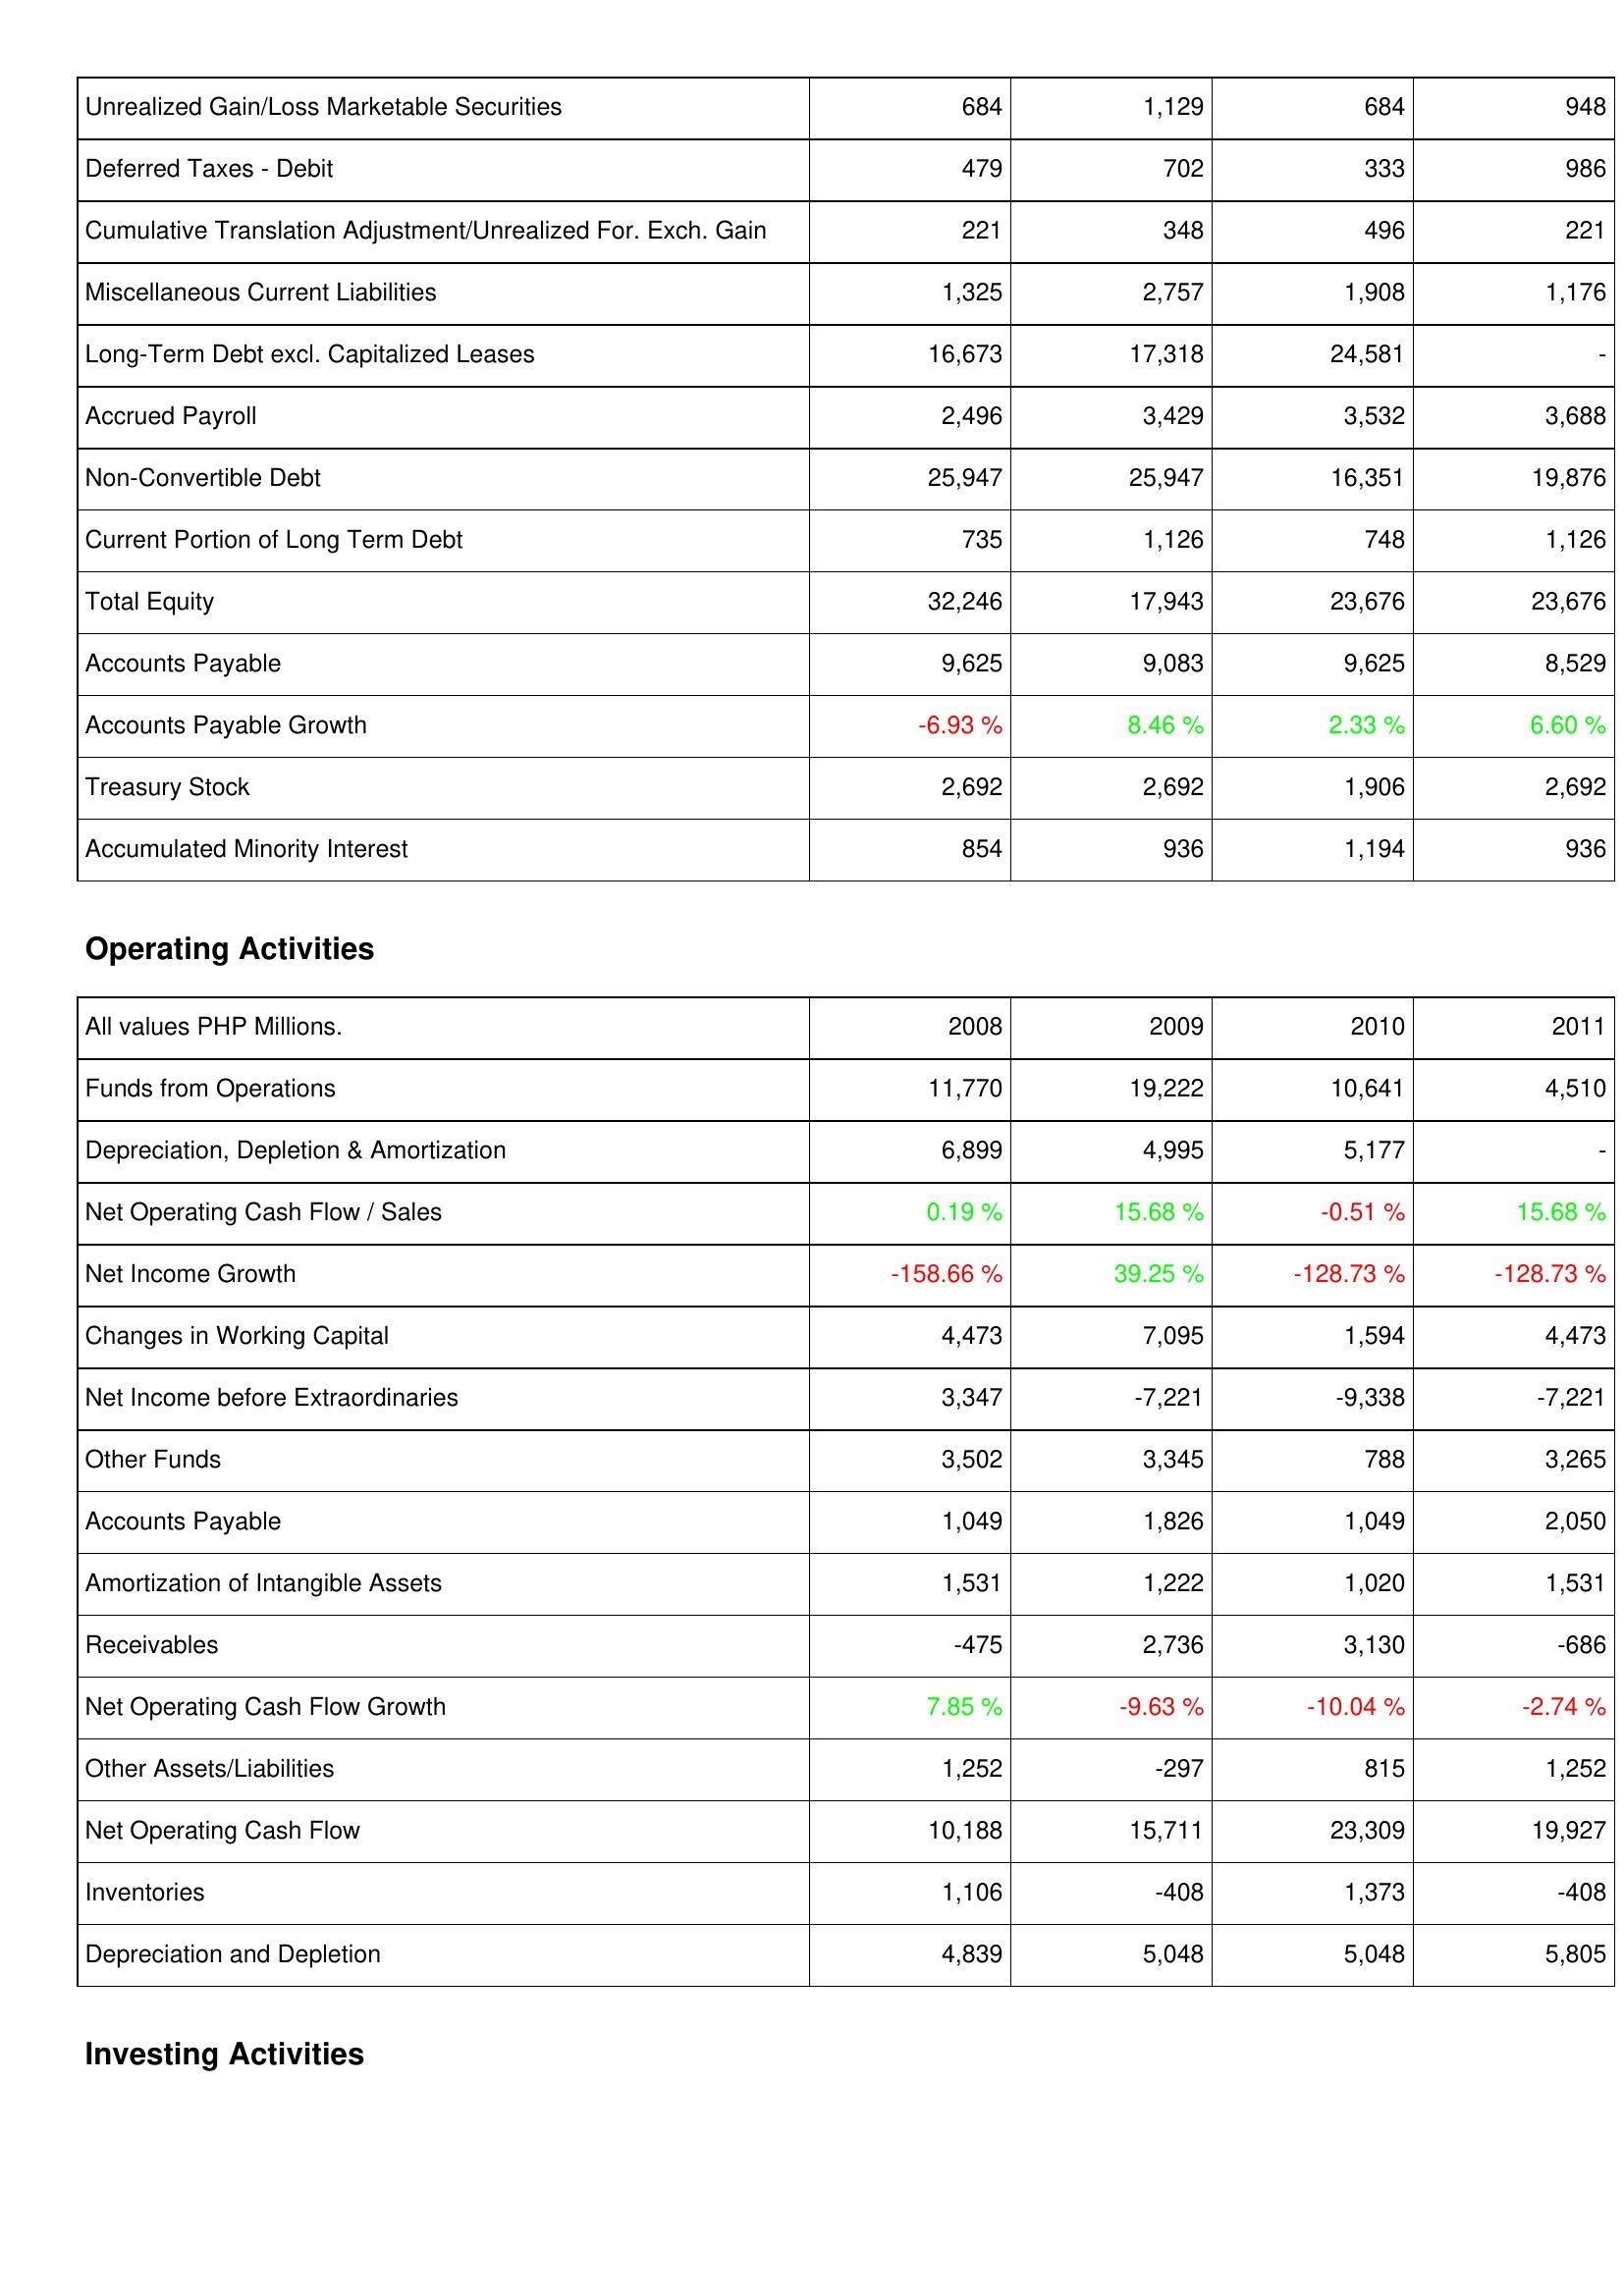
2008: Liabilities & Shareholders' Equity: Unrealized Gain/Loss Marketable Securities: 684
Deferred Taxes - Debit: 479
Cumulative Translation Adjustment/Unrealized For. Exch. Gain: 221
Miscellaneous Current Liabilities: 1,325
Long-Term Debt excl. Capitalized Leases: 16,673
Accrued Payroll: 2,496
Non-Convertible Debt: 25,947
Current Portion of Long Term Debt: 735
Total Equity: 32,246
Accounts Payable: 9,625
Accounts Payable Growth: -6.93 %
Treasury Stock: 2,692
Accumulated Minority Interest: 854
Operating Activities: Funds from Operations: 11,770
Depreciation, Depletion & Amortization: 6,899
Net Operating Cash Flow / Sales: 0.19 %
Net Income Growth: -158.66 %
Changes in Working Capital: 4,473
Net Income before Extraordinaries: 3,347
Other Funds: 3,502
Accounts Payable: 1,049
Amortization of Intangible Assets: 1,531
Receivables: -475
Net Operating Cash Flow Growth: 7.85 %
Other Assets/Liabilities: 1,252
Net Operating Cash Flow: 10,188
Inventories: 1,106
Depreciation and Depletion: 4,839
2009: Liabilities & Shareholders' Equity: Unrealized Gain/Loss Marketable Securities: 1,129
Deferred Taxes - Debit: 702
Cumulative Translation Adjustment/Unrealized For. Exch. Gain: 348
Miscellaneous Current Liabilities: 2,757
Long-Term Debt excl. Capitalized Leases: 17,318
Accrued Payroll: 3,429
Non-Convertible Debt: 25,947
Current Portion of Long Term Debt: 1,126
Total Equity: 17,943
Accounts Payable: 9,083
Accounts Payable Growth: 8.46 %
Treasury Stock: 2,692
Accumulated Minority Interest: 936
Operating Activities: Funds from Operations: 19,222
Depreciation, Depletion & Amortization: 4,995
Net Operating Cash Flow / Sales: 15.68 %
Net Income Growth: 39.25 %
Changes in Working Capital: 7,095
Net Income before Extraordinaries: -7,221
Other Funds: 3,345
Accounts Payable: 1,826
Amortization of Intangible Assets: 1,222
Receivables: 2,736
Net Operating Cash Flow Growth: -9.63 %
Other Assets/Liabilities: -297
Net Operating Cash Flow: 15,711
Inventories: -408
Depreciation and Depletion: 5,048
2010: Liabilities & Shareholders' Equity: Unrealized Gain/Loss Marketable Securities: 684
Deferred Taxes - Debit: 333
Cumulative Translation Adjustment/Unrealized For. Exch. Gain: 496
Miscellaneous Current Liabilities: 1,908
Long-Term Debt excl. Capitalized Leases: 24,581
Accrued Payroll: 3,532
Non-Convertible Debt: 16,351
Current Portion of Long Term Debt: 748
Total Equity: 23,676
Accounts Payable: 9,625
Accounts Payable Growth: 2.33 %
Treasury Stock: 1,906
Accumulated Minority Interest: 1,194
Operating Activities: Funds from Operations: 10,641
Depreciation, Depletion & Amortization: 5,177
Net Operating Cash Flow / Sales: -0.51 %
Net Income Growth: -128.73 %
Changes in Working Capital: 1,594
Net Income before Extraordinaries: -9,338
Other Funds: 788
Accounts Payable: 1,049
Amortization of Intangible Assets: 1,020
Receivables: 3,130
Net Operating Cash Flow Growth: -10.04 %
Other Assets/Liabilities: 815
Net Operating Cash Flow: 23,309
Inventories: 1,373
Depreciation and Depletion: 5,048
2011: Liabilities & Shareholders' Equity: Unrealized Gain/Loss Marketable Securities: 948
Deferred Taxes - Debit: 986
Cumulative Translation Adjustment/Unrealized For. Exch. Gain: 221
Miscellaneous Current Liabilities: 1,176
Long-Term Debt excl. Capitalized Leases: -
Accrued Payroll: 3,688
Non-Convertible Debt: 19,876
Current Portion of Long Term Debt: 1,126
Total Equity: 23,676
Accounts Payable: 8,529
Accounts Payable Growth: 6.60 %
Treasury Stock: 2,692
Accumulated Minority Interest: 936
Operating Activities: Funds from Operations: 4,510
Depreciation, Depletion & Amortization: -
Net Operating Cash Flow / Sales: 15.68 %
Net Income Growth: -128.73 %
Changes in Working Capital: 4,473
Net Income before Extraordinaries: -7,221
Other Funds: 3,265
Accounts Payable: 2,050
Amortization of Intangible Assets: 1,531
Receivables: -686
Net Operating Cash Flow Growth: -2.74 %
Other Assets/Liabilities: 1,252
Net Operating Cash Flow: 19,927
Inventories: -408
Depreciation and Depletion: 5,805